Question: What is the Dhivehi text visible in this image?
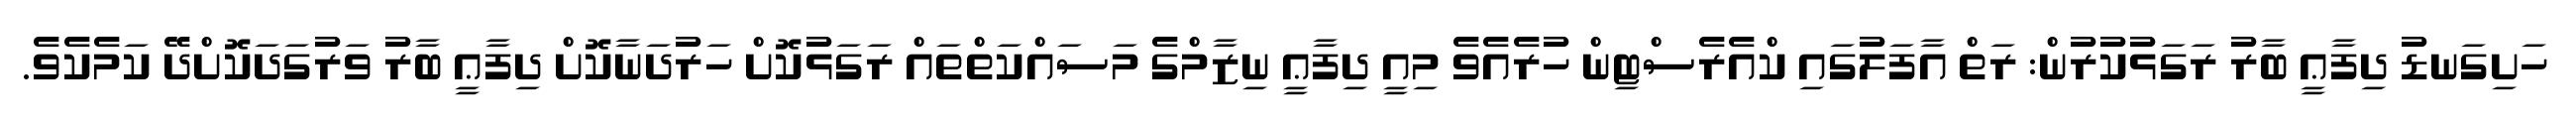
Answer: ހަށިގަނޑު ދިފާޢީ ބާރު ރަގަޅުކުރުން: ރަތް އާފަލުގައި ކްއެރެސްޓިން ހުރެއެވެ މިއީ ދިފާޢީ ނިޒާމްގެ މަސައްކަތްތައް ރަގަޅުކޮށް ހަރުދަނާކޮށް ދިފާޢީ ބާރު ވަރުގަދަކޮށްދޭ ކަމެކެވެ.